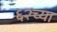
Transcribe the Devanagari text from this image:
६२च्या